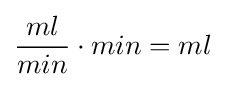
{\frac {ml}{min}}\cdot min=ml